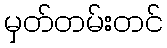
မှတ်တမ်းတင်